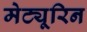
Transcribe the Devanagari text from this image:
मेट्यूरिन